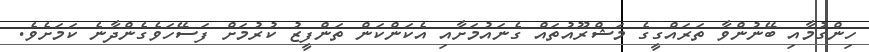
ހިންގުމާއި ބޭނުންވާ ތަރައްގީގެ މަޝްރޫއުތައް ގެނައުމަށާއި އެކަންކަން ތަންފީޒު ކުރުމަށް ފަސޭހަވެގެންދާނެ ކަމަށެވެ.